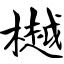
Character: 樾